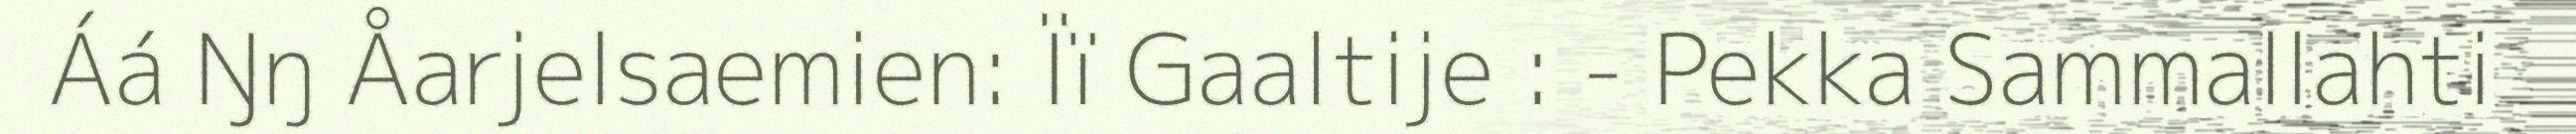
Áá Ŋŋ Åarjelsaemien: Ïï Gaaltije : - Pekka Sammallahti